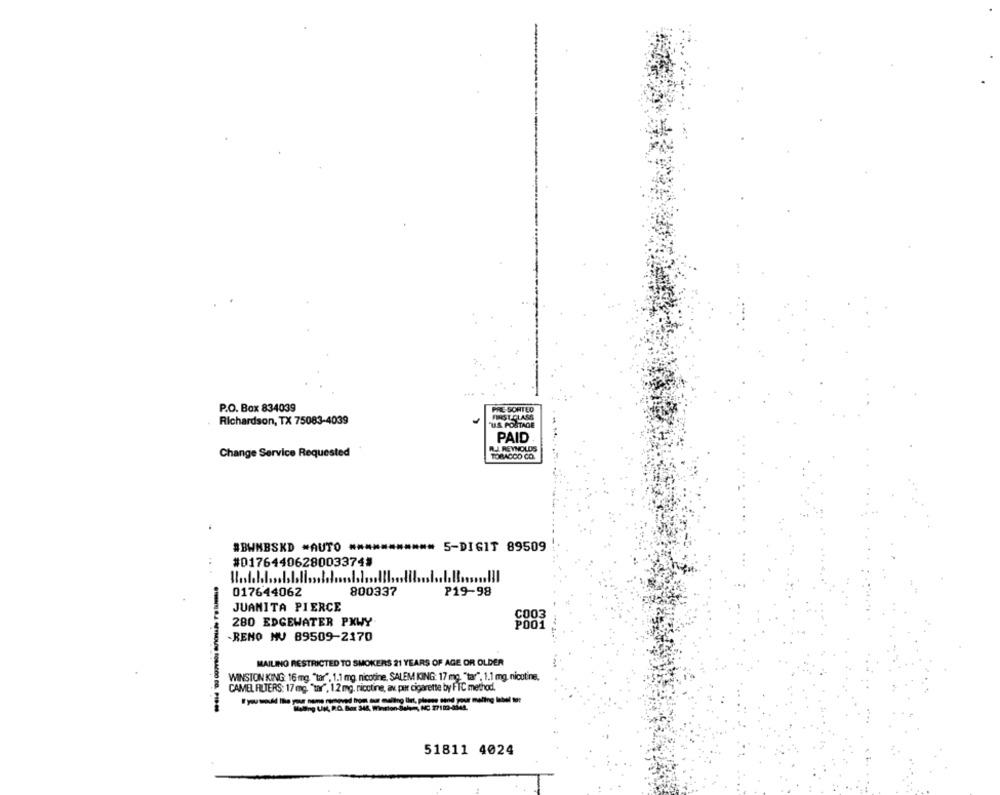
P.O. Box 834039
PRE SORTED
Richardson, TX 75083-4039
FIRST CLASS
TUS POSTAGE
PAID
Change Service Requested
R.J. REYNOLDS
TOBACCO CO.
#BWNBSKD AUTO ***
5-DIGIT 89509
#01764406280033745
017644062
800337
P19-98
JUANITA PIERCE
C003
280 EDGEWATER PKWY
P001
-RENO MV 89509-2170
MAILING RESTRICTED TO SMOKERS 21 YEARS OF AGE OR OLDER
WINSTON KING: 16 mg. "tar", 1.1 mg. nicotine, SALEM KING: 17 mg. "tar". 1.1 mg. nicotine.
CAMEL ALTERS: 17 mg. "tar", 1.2 mg, nicotine, av. por cigarette by FFIC method.
--------
51811 4024